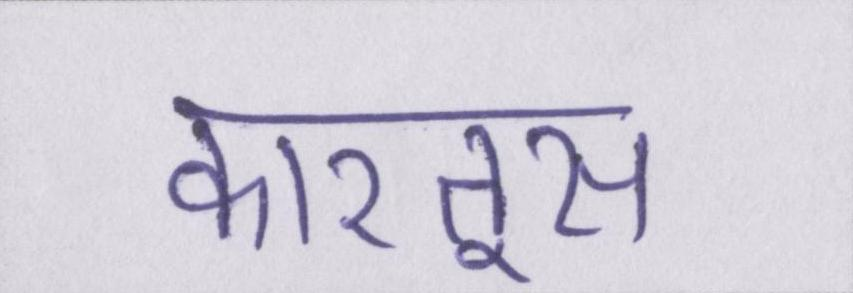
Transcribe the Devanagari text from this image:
कारतूस